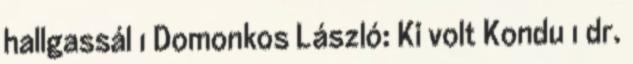
hallgassál 1 Domonkos László: Ki volt Kondu 1 dr.